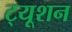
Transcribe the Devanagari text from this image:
ट्‍यूशन